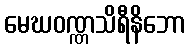
မေဃဝဏ္ဏသိရီနိဘော